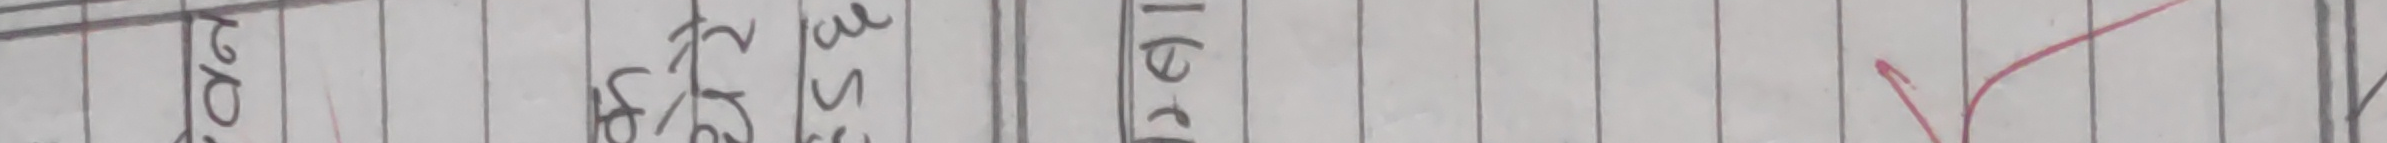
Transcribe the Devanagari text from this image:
२०९६
३३१५
१६०१